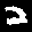
Label: 2